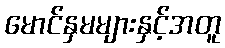
မောင်နှမများနှင့်အတူ